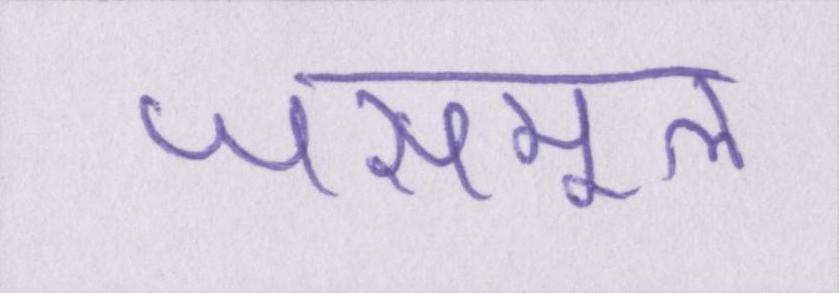
जसमूल